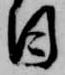
日